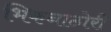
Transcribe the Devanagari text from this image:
भिकनाठोरी